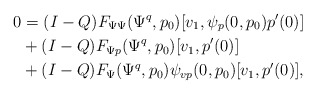
\begin{align*}0 &= (I-Q) F_{\Psi\Psi}(\Psi^q,p_0)[v_1, \psi_p(0,p_0)p'(0)]\\&+ (I-Q) F_{\Psi p}(\Psi^q,p_0)[v_1, p'(0)]\\&+ (I-Q) F_\Psi(\Psi^q,p_0)\psi_{vp}(0,p_0)[v_1,p'(0)],\end{align*}